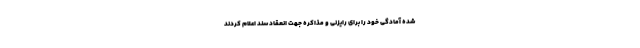
شده آمادگی خود را برای رایزنی و مذاکره جهت انعقاد سند اعلام کردند